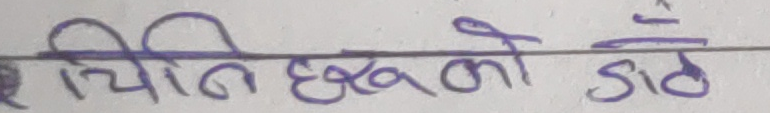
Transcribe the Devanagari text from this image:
चिनी छर्को डाँठ